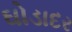
ઘોડાદર